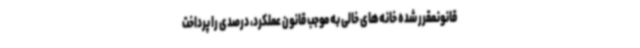
قانونمقرر شده خانه‌های خالی به موجب قانون عملکرد، درصدی را پرداخت